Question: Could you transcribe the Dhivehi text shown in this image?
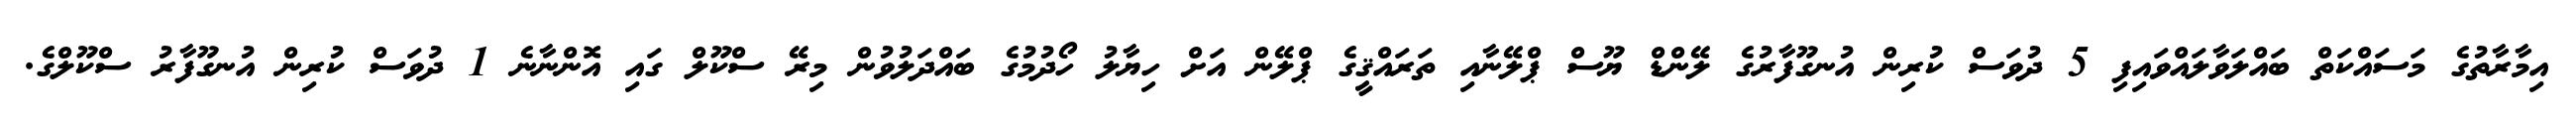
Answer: އިމާރާތުގެ މަސައްކަތް ބައްލަވާލައްވައިފި 5 ދުވަސް ކުރިން އުނގޫފާރުގެ ލޭންޑް ޔޫސް ޕްލޭނާއި ތަރައްޤީގެ ޕްލޭން އަށް ހިޔާލު ހޯދުމުގެ ބައްދަލުވުން މިރޭ ސްކޫލް ގައި އޮންނާނެ 1 ދުވަސް ކުރިން އުނގޫފާރު ސްކޫލްގެ.